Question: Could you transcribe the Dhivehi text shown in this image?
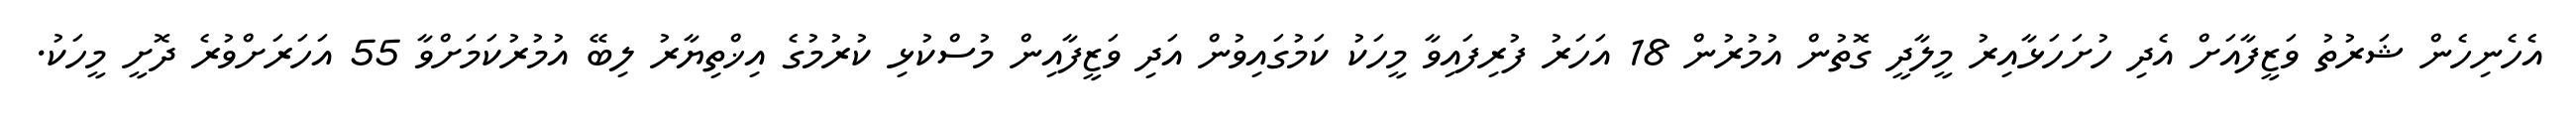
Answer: އެހެނިހެން ޝަރުތު ވަޒީފާއަށް އެދި ހުށަހަޅާއިރު މީލާދީ ގޮތުން އުމުރުން 18 އަހަރު ފުރިފައިވާ މީހަކު ކަމުގައިވުން އަދި ވަޒީފާއިން މުސްކުޅި ކުރުމުގެ އިޚްތިޔާރު ލިބޭ އުމުރުކަމަށްވާ 55 އަހަރަށްވުރެ ދޮށީ މީހަކު.